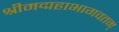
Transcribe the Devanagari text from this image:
श्रीमद्महाभागवतम्